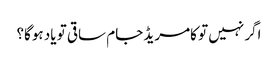
اگر نہیں تو کامریڈ جام ساقی تو یاد ہوگا؟